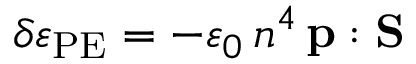
\delta \varepsilon _ { \mathrm { P E } } = - \varepsilon _ { 0 } \, n ^ { 4 } \, \mathbf { p } : \mathbf { S }